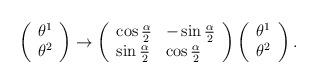
LaTeX: \begin{align*}\left( \begin{array}{l}\theta ^{1} \\ \theta ^{2}\end{array}\right) \rightarrow \left( \begin{array}{ll}\cos \frac{\alpha }{2} & -\sin \frac{\alpha }{2} \\ \sin \frac{\alpha }{2} & \cos \frac{\alpha }{2}\end{array}\right) \left( \begin{array}{l}\theta ^{1} \\ \theta ^{2}\end{array}\right) . \end{align*}